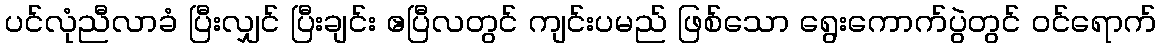
ပင်လုံညီလာခံ ပြီးလျှင် ပြီးချင်း ဧပြီလတွင် ကျင်းပမည် ဖြစ်သော ရွေးကောက်ပွဲတွင် ဝင်ရောက်